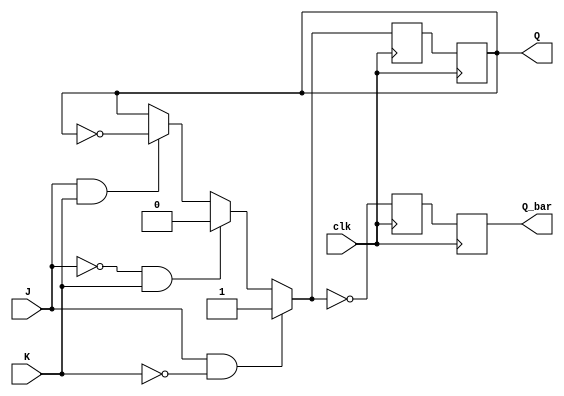
module jk_flip_flop (
    input J,
    input K,
    input clk,
    output reg Q,
    output reg Q_bar
);

reg Q_next;
reg Q_bar_next;

always @(posedge clk) begin
    if (J && ~K) begin
        Q_next = 1;
    end else if (~J && K) begin
        Q_next = 0;
    end else if (J && K) begin
        Q_next = ~Q;
    end else begin
        Q_next = Q;
    end

    Q_bar_next = ~Q_next;
end

always @(posedge clk) begin
    Q <= Q_next;
    Q_bar <= Q_bar_next;
end

endmodule